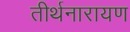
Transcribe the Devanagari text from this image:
तीर्थनारायण